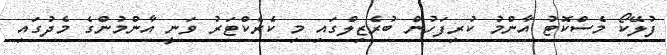
ފުލޭކޯ މެސްކޮޓު އާންމު ކުރިފަހުން ބުރެޒިލްގައި މި ކެރެކްޓަރު ވަނީ އާންމުންގެ މެދުގައި